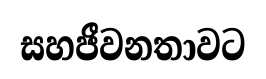
සහජීවනතාවට